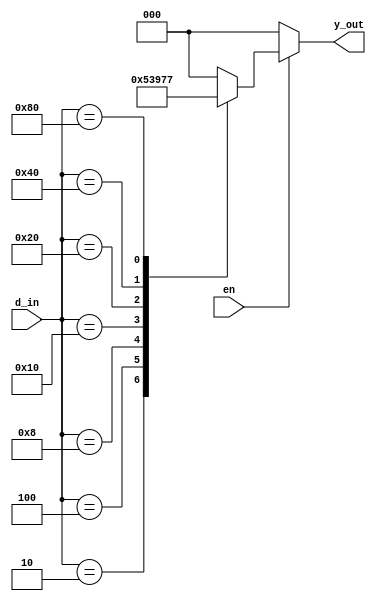
`timescale 1ns / 1ps
//////////////////////////////////////////////////////////////////////////////////
// Company: 
// Engineer: 
// 
// Design Name: 
// Module Name: encoder_8to3
// Project Name: 
// Target Devices: 
// Tool Versions: 
// Description: 
// 
// Dependencies: 
// 
// Revision:
// Revision 0.01 - File Created
// Additional Comments:
// 
//////////////////////////////////////////////////////////////////////////////////
module encoder_8to3(
                    input en,
                    input [7:0] d_in,
                    output reg [2:0] y_out);
always@*
    if(en=='b0)
    y_out='b0;
    else
        begin
        case(d_in)
        8'b00000001:y_out=3'b000;
        8'b00000010:y_out=3'b001;
        8'b00000100:y_out=3'b010;
        8'b00001000:y_out=3'b011;
        8'b00010000:y_out=3'b100;
        8'b00100000:y_out=3'b101;
        8'b01000000:y_out=3'b110;
        8'b10000000:y_out=3'b111;
        default: y_out=3'b000;
     endcase
     end
endmodule